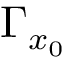
\Gamma _ { x _ { 0 } }